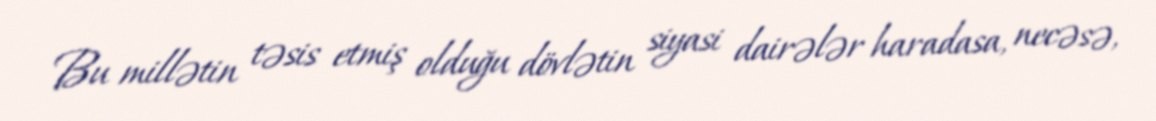
Bu millətin təsis etmiş olduğu dövlətin siyasi dairələr haradasa, necəsə,